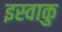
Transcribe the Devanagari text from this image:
इस्वाकु